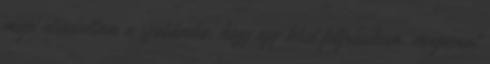
majd elindultam a szobámba, hogy egy kissé felfrissítsem, magamat